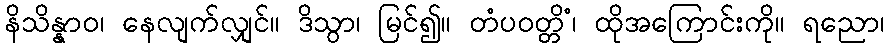
နိသိန္နာဝ၊ နေလျက်လျှင်။ ဒိသွာ၊ မြင်၍။ တံပဝတ္တိံ၊ ထိုအကြောင်းကို။ ရညော၊